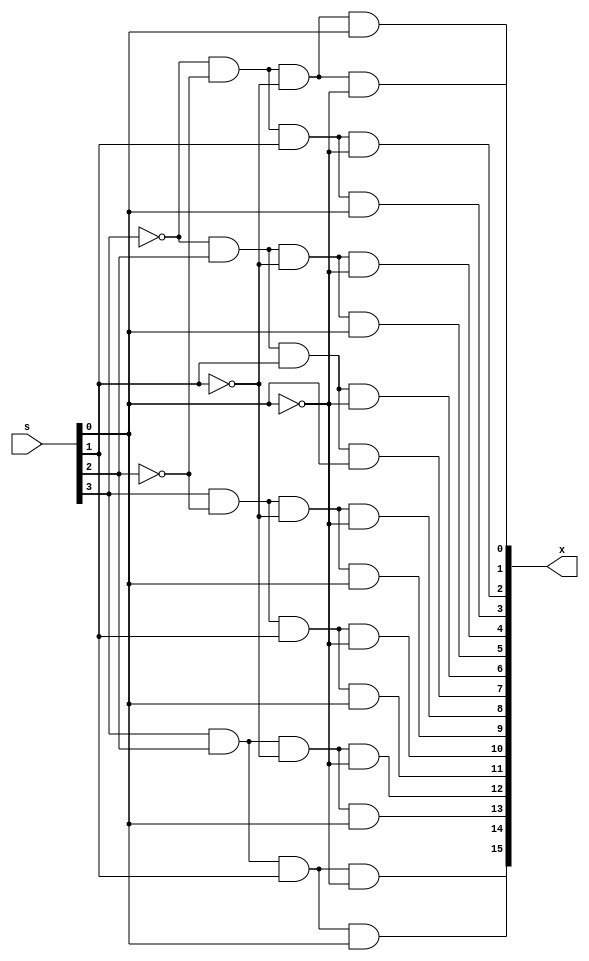
// lab1_demux16.v

// DeMUX (DeMultiplexer) 1-to-16
// Module for Classifying Operations

// Output: x; corresponding data line, 16bit binary
// Input: s; selected input, 4bit binary


module DeMUX_4to16 (output [15:0] x, input [3:0] s);

	// DeMUX Scheme Implementation
	// Reference : https://tibyte.kr/201
	assign x[0] = (~(s[3]) & ~(s[2]) & ~(s[1]) & ~(s[0]));
	assign x[1] = (~(s[3]) & ~(s[2]) & ~(s[1]) & (s[0]));
	assign x[2] = (~(s[3]) & ~(s[2]) & (s[1]) & ~(s[0]));
	assign x[3] = (~(s[3]) & ~(s[2]) & (s[1]) & (s[0]));
	assign x[4] = (~(s[3]) & (s[2]) & ~(s[1]) & ~(s[0]));
	assign x[5] = (~(s[3]) & (s[2]) & ~(s[1]) & (s[0]));
	assign x[6] = (~(s[3]) & (s[2]) & (s[1]) & ~(s[0]));
	assign x[7] = (~(s[3]) & (s[2]) & (s[1]) & (s[0]));
	assign x[8] = ((s[3]) & ~(s[2]) & ~(s[1]) & ~(s[0]));
	assign x[9] = ((s[3]) & ~(s[2]) & ~(s[1]) & (s[0]));
	assign x[10] = ((s[3]) & ~(s[2]) & (s[1]) & ~(s[0]));
	assign x[11] = ((s[3]) & ~(s[2]) & (s[1]) & (s[0]));
	assign x[12] = ((s[3]) & (s[2]) & ~(s[1]) & ~(s[0]));
	assign x[13] = ((s[3]) & (s[2]) & ~(s[1]) & (s[0]));
	assign x[14] = ((s[3]) & (s[2]) & (s[1]) & ~(s[0]));
	assign x[15] = ((s[3]) & (s[2]) & (s[1]) & (s[0]));
	
endmodule